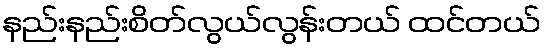
နည်းနည်းစိတ်လွယ်လွန်းတယ် ထင်တယ်